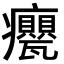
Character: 𭼹